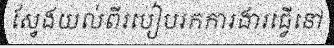
ស្វែងយល់ពីរបៀបរកការងារធ្វើនៅ